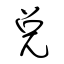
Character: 兑